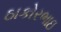
ઠાકોરભાઇ